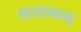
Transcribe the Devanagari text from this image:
शतानन्द